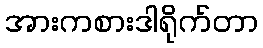
အားကစားဒါရိုက်တာ